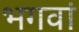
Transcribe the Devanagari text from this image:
भगवां